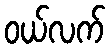
ဝယ်လက်